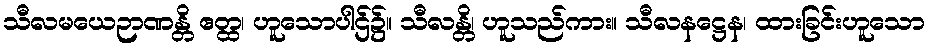
သီလမယေဉာဏန္တိ ဧတ္ထ၊ ဟူသောပါဌ်၌။ သီလန္တိ၊ ဟူသည်ကား။ သီလနဋ္ဌေန၊ ထားခြင်းဟူသော